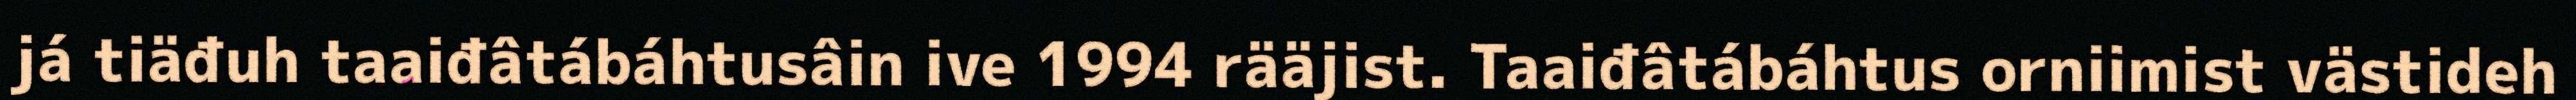
já tiäđuh taaiđâtábáhtusâin ive 1994 rääjist. Taaiđâtábáhtus orniimist västideh